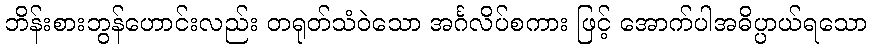
ဘိန်းစားဘွန်ဟောင်းလည်း တရုတ်သံဝဲသော အင်္ဂလိပ်စကား ဖြင့် အောက်ပါအဓိပ္ပာယ်ရသော